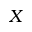
X